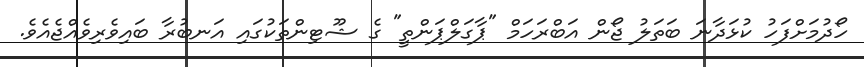
ހޯދުމަށްފަހު ކުޅަދާނަ ބަތަލު ޖޯން އަބްރަހަމް "ޕާގަލްޕަންތީ" ގެ ޝޫޓިންތަކުގައި އަނބުރާ ބައިވެރިވެއްޖެއެވެ.